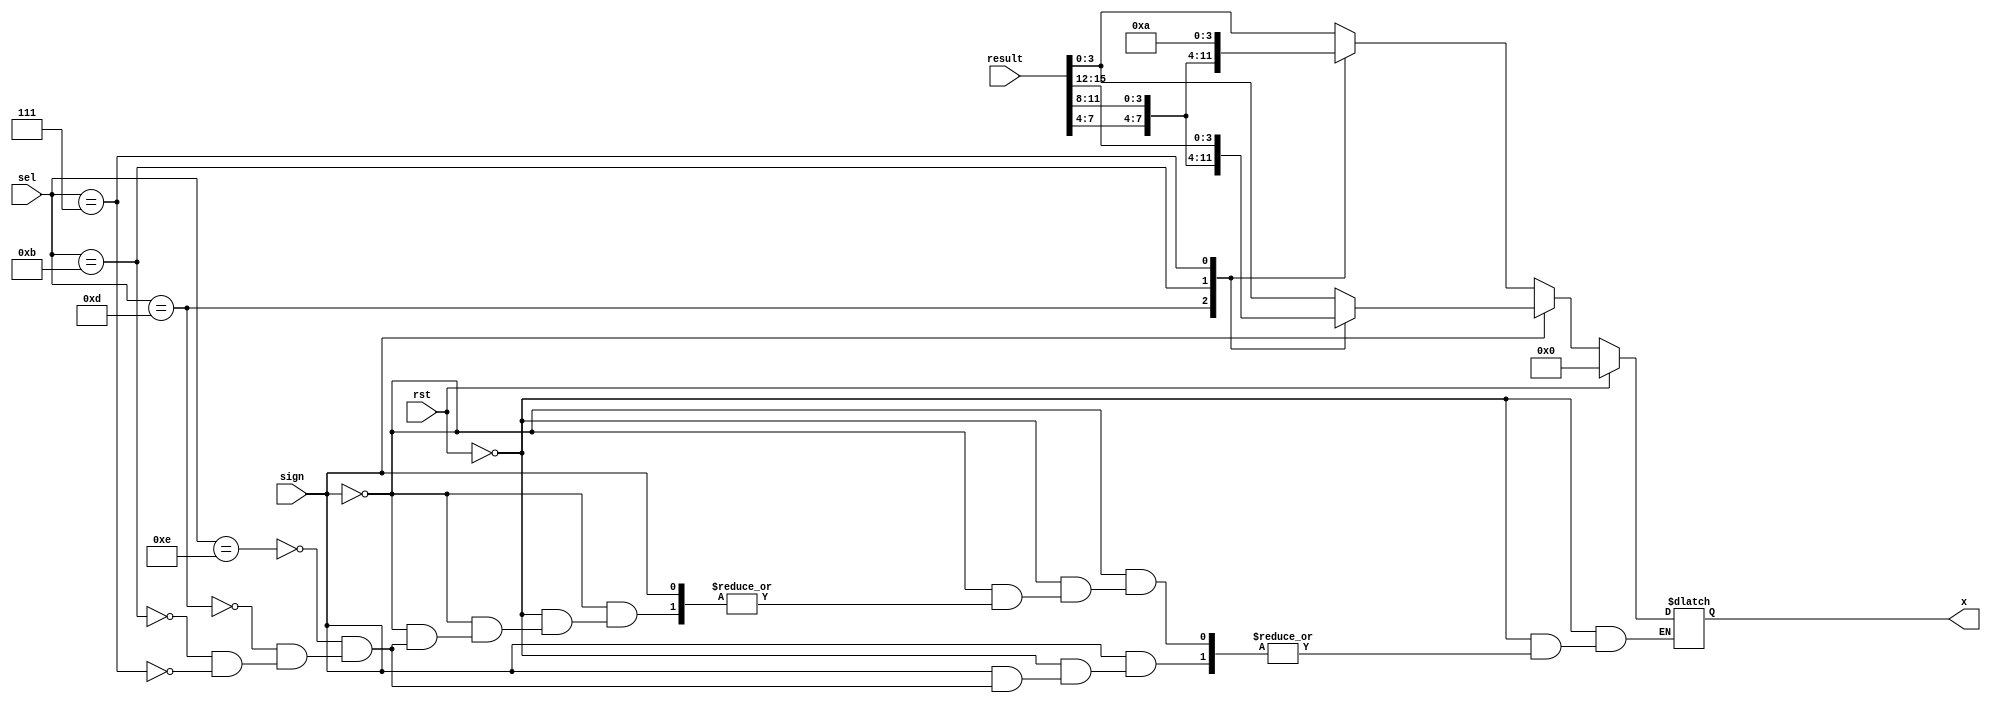
`timescale 1ns / 1ps
module seg_mux(
	
		input wire [20:0]result,
		input [3:0]sel,
		input rst,
		input sign,
	
		output reg [3:0]x
    );
	 
always@(sel)
	if(rst==1)
		x=0;
	else if(sign==1) begin
		case(sel)	 
       		4'b1110:x=result[3:0];
       		4'b1101:x=result[7:4];
       		4'b1011:x=result[11:8];
       		4'b0111:x=result[15:12];	 
		endcase
	end
	
	else if(sign==0) begin 
		case(sel)	 
       		4'b1110:x=result[3:0];
       		4'b1101:x=result[7:4];
       		4'b1011:x=result[11:8];
       		4'b0111:x=4'hA;//negative sign
		endcase
	end


endmodule